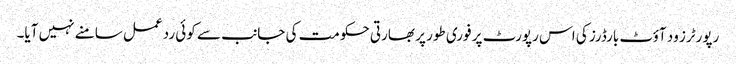
رپورٹرز ود آؤٹ بارڈرز کی اس رپورٹ پر فوری طور پر بھارتی حکومت کی جانب سے کوئی ردعمل سامنے نہیں آیا۔